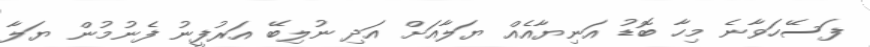
ފަސޭހަވާނެ މިހާ ބޮޑު އަނިޔާއެއް ޔަލާއަށް އަދި ނުލިބޭ އަރުފީނު ފެނުމުން ޔަލާ